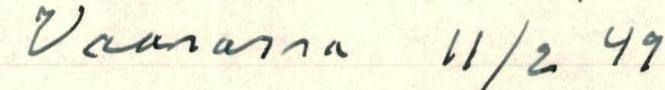
Vaasassa 11/2 49